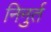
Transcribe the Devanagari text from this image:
निनुर्त